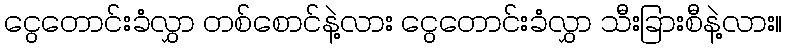
ငွေတောင်းခံလွှာ တစ်စောင်နဲ့လား ငွေတောင်းခံလွှာ သီးခြားစီနဲ့လား။